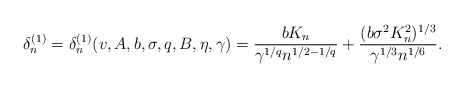
\begin{align*}\delta_{n}^{(1)} = \delta_{n}^{(1)} (v,A,b,\sigma,q,B,\eta,\gamma) = \frac{b K_n}{\gamma^{1/q} n^{1/2-1/q}}+\frac{(b \sigma^2 K_n^2)^{1/3}}{\gamma^{1/3}n^{1/6}}.\end{align*}